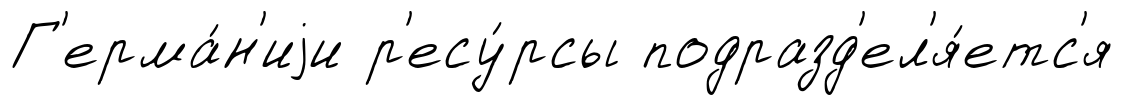
Г'ерма́н'иjи р'есу́рсы подразд'ел'я́етс'я